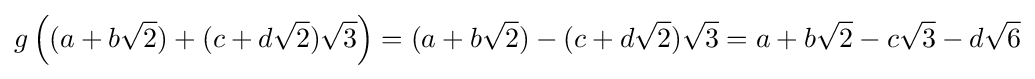
g\left((a+b{\sqrt {2}})+(c+d{\sqrt {2}}){\sqrt {3}}\right)=(a+b{\sqrt {2}})-(c+d{\sqrt {2}}){\sqrt {3}}=a+b{\sqrt {2}}-c{\sqrt {3}}-d{\sqrt {6}}